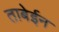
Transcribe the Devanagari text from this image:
ताबेईन